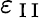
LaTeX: \varepsilon_{\mathrm{~I~I~}}